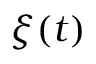
\boldsymbol \xi ( t )